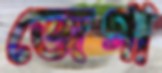
জেগা